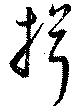
揖